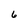
Character: 6